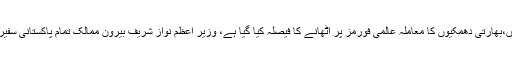
انہوں نے کہا کہ بھارتی قیادت کی جانب سے پاکستان کو دھمکی آمیز بیانات انتہائی افسوس ناک ہیں،بھارتی دھمکیوں کا معاملہ عالمی فورمز پر اٹھانے کا فیصلہ کیا گیا ہے، وزیر اعظم نواز شریف بیرون ممالک تمام پاکستانی سفیروں سے رابطہ کریں گے تا کہ پاکستانی سفیر وہاں کی قیادت سے بھارتی بیانات کا معاملہ اٹھائیں۔